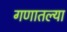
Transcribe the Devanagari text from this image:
गणातल्या